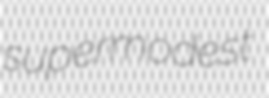
supermodest